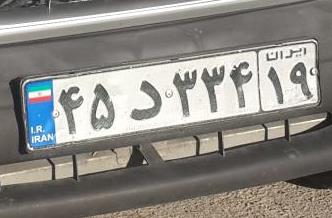
۴۵د۳۳۴۱۹